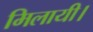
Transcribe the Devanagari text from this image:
मिलायी।